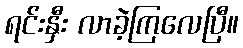
ရင်းနှီး လာခဲ့ကြလေပြီ။